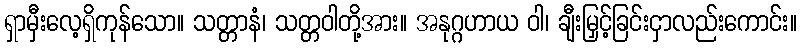
ရှာမှီးလေ့ရှိကုန်သော။ သတ္တာနံ၊ သတ္တဝါတို့အား။ အနုဂ္ဂဟာယ ဝါ၊ ချီးမြှင့်ခြင်းငှာလည်းကောင်း။